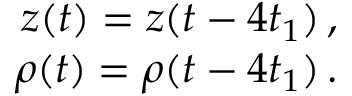
\begin{array} { r } { z ( t ) = z ( t - 4 t _ { 1 } ) \, , } \\ { \rho ( t ) = \rho ( t - 4 t _ { 1 } ) \, . } \end{array}